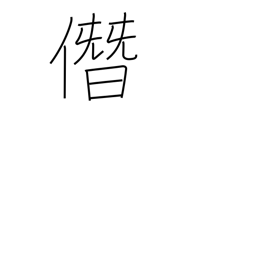
Meaning: boastfully usurp